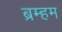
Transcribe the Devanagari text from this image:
ब्रम्हम